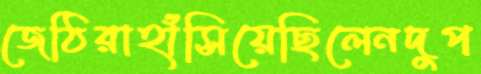
জেঠিরাহাঁসিয়েছিলেনদুপ